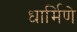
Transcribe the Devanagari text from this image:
धार्मिणे